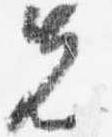
先